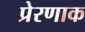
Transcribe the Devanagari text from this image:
प्रेरणाक